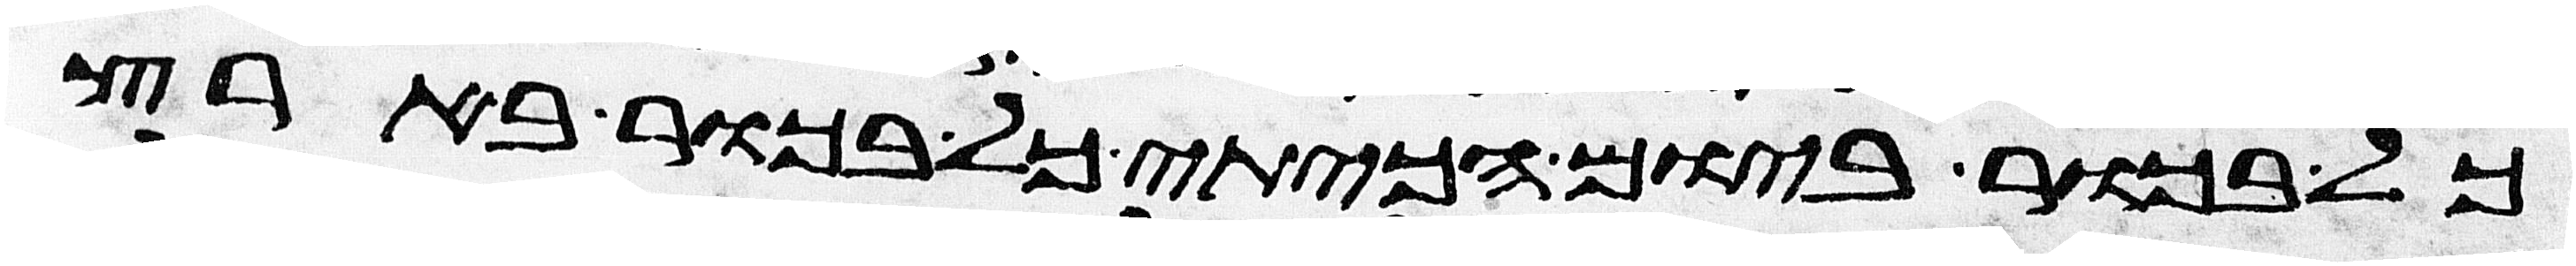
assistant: כל בכור ביום הכיתי כל בכור בארץ